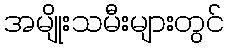
အမျိုးသမီးများတွင်